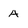
Character: A